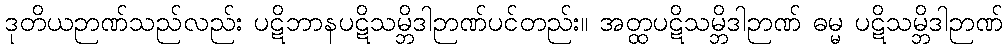
ဒုတိယဉာဏ်သည်လည်း ပဋိဘာနပဋိသမ္ဘိဒါဉာဏ်ပင်တည်း။ အတ္ထပဋိသမ္ဘိဒါဉာဏ် ဓမ္မ ပဋိသမ္ဘိဒါဉာဏ်